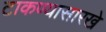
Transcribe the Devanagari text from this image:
टाकण्यासारखे